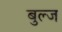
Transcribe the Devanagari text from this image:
बुल्ज